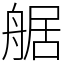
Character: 艍